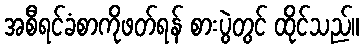
အစီရင်ခံစာကိုဖတ်ရန် စားပွဲတွင် ထိုင်သည်။